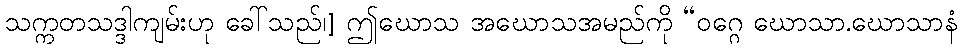
သက္ကတသဒ္ဒါကျမ်းဟု ခေါ်သည်၊] ဤဃောသ အဃောသအမည်ကို “ဝဂ္ဂေ ဃောသာ.ဃောသာနံ